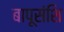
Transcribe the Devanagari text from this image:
बापूसंशि